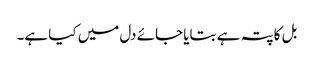
بل کا پتہ ہے بتایا جائے دل میں کیا ہے۔